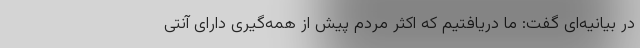
در بیانیه‌ای گفت: ما دریافتیم که اکثر مردم پیش از همه‌گیری دارای آنتی